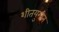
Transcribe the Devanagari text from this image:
शीतयुगीन